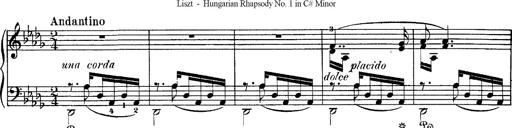
Title: Hungarian Rhapsody No.1
Composer: Franz Liszt
Key: C-sharp minor